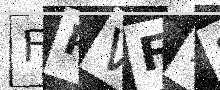
Text: FPVF1S